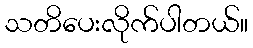
သတိပေးလိုက်ပါတယ်။